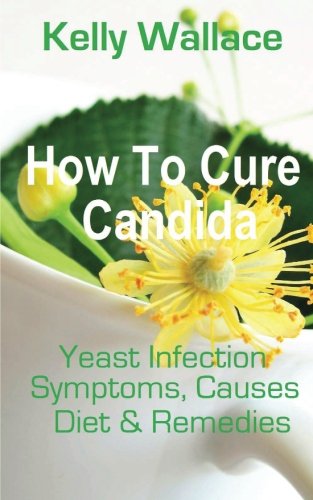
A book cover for How To Cure Candida: Yeast Infection Causes, Symptoms, Diet & Natural Remedies; Kelly Wallace; Health, Fitness & Dieting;